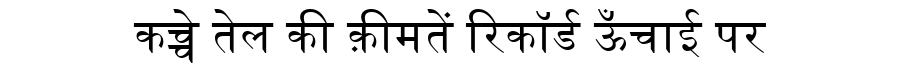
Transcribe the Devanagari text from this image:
कच्चे तेल की क़ीमतें रिकॉर्ड ऊँचाई पर